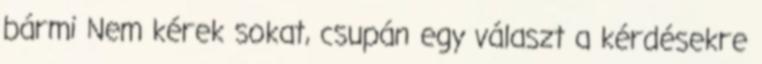
bármi Nem kérek sokat, csupán egy választ a kérdésekre